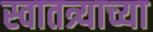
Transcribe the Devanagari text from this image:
स्वातत्र्याच्या